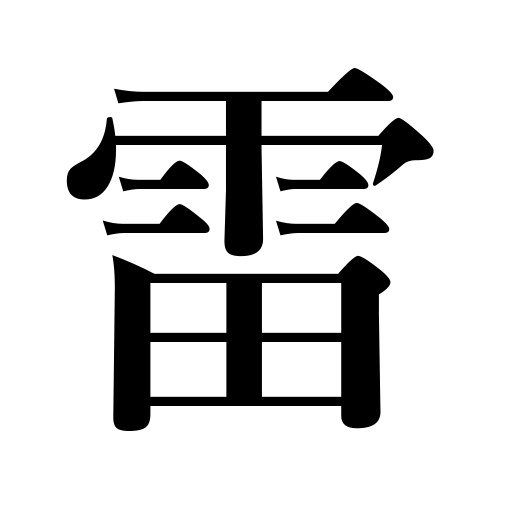
Meanings: thunder